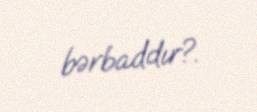
bərbaddır?.